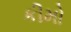
કીમો